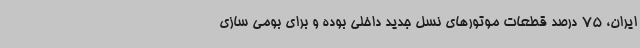
ایران، 75 درصد قطعات موتورهای نسل جدید داخلی بوده و برای بومی سازی